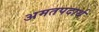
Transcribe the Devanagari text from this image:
अमतपदार्थ